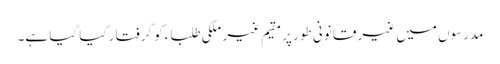
مدرسوں میں غیر قانونی طور پر مقیم غیر ملکی طلباء کو گرفتار کیا گیا ہے۔